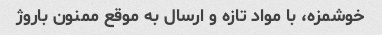
خوشمزه، با مواد تازه و ارسال به موقع ممنون باروژ